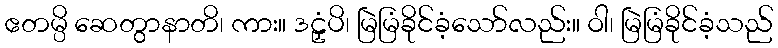
ဧတမ္ပိ ဆေတွာနာတိ၊ ကား။ ဒဠှံပိ၊ မြဲမြံခိုင်ခံ့သော်လည်း။ ဝါ၊ မြဲမြံခိုင်ခံ့သည်